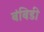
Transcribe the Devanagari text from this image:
बंबिडी